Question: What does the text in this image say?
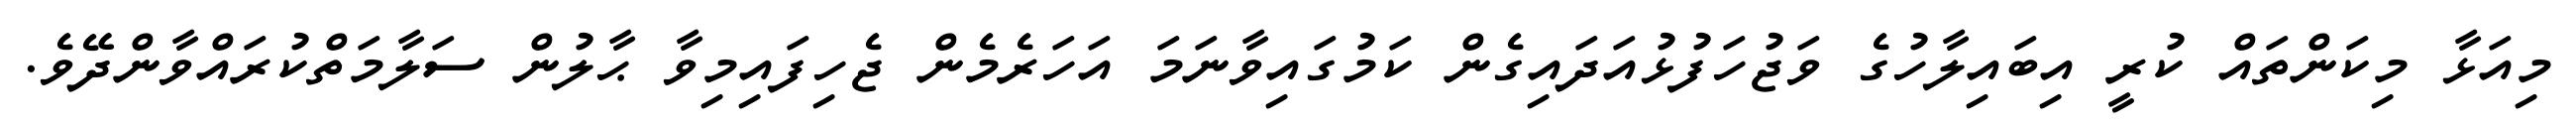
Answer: މިއަޅާ މިކަންތައް ކުރީ އިބައިލާހުގެ ވަޖުހަފުޅުއަދައިގެން ކަމުގައިވާނަމަ އަހަރެމެން ޖެހިފައިމިވާ ޙާލުން ސަލާމަތްކުރައްވާންދޭވެ.